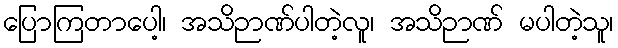
ပြောကြတာပေါ့၊ အသိဉာဏ်ပါတဲ့လူ၊ အသိဉာဏ် မပါတဲ့သူ၊